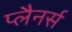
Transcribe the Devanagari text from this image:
प्लैनर्स